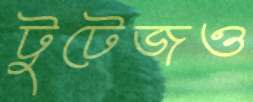
টুটেজও